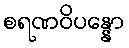
စရဏဝိပန္နော